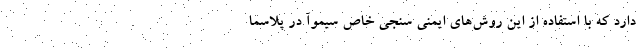
دارد که با استفاده از این روش‌های ایمنی سنجی خاص سیموآ در پلاسما